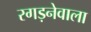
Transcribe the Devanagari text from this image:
रगड़नेवाला